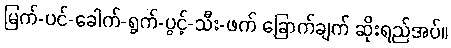
မြက်-ပင်-ခေါက်-ရွက်-ပွင့်-သီး-ဖက် ခြောက်ချက် ဆိုးရည်အပ်။